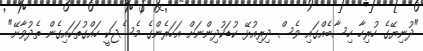
"ދުނިޔޭގެ ހުރިހާ ހިސާބެއްގައި ވެސް ދިރިއުޅޭ ކުޑަކުދިންނަށް އަހަރެންގެ މެސެޖަކީ ހައްގުތަކައިގެން ތެދުވާށޭ"